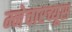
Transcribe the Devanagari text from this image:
म्नेचारच्यूस